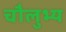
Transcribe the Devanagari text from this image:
चौलुभ्य